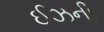
ઈઝની